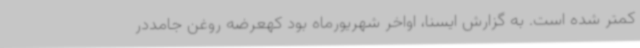
کمتر شده است. به گزارش ایسنا، اواخر شهریورماه بود کهعرضه روغن جامددر